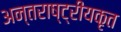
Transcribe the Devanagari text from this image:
अन्तराष्ट्रीयकृत